Indian journal of veterinary science and animal husbandry - Volume 6,
Year: 1936
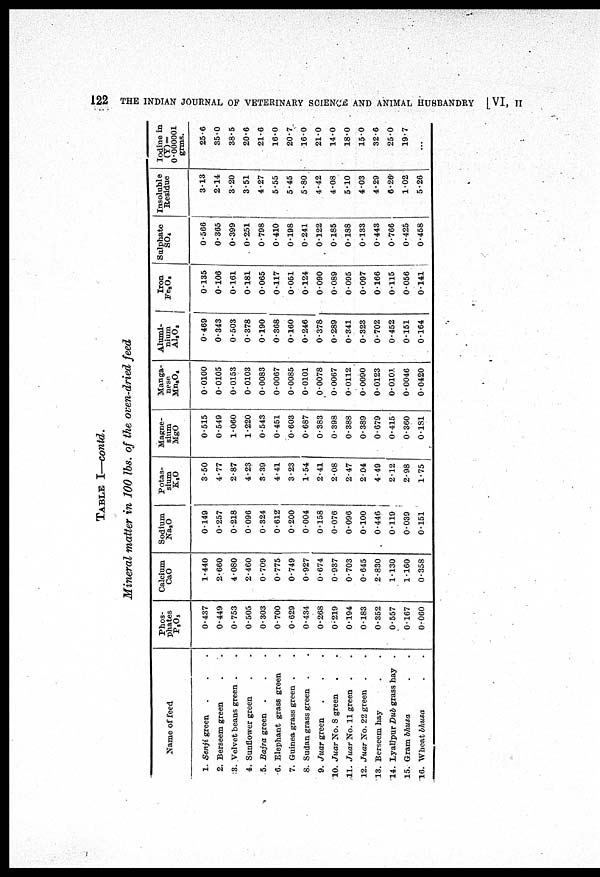
122
THE INDIAN JOURNAL OF VETERINARY SCIENCE AND ANIMAL HUSBANDRY [VI, II
TABLE I—contd.
Mineral matter in 100 lbs. of the oven-dried feed
Name of feed
1. Senji green ...
2. Berseem green ..
3. Velvet beans green ..
4. Sunflower green ..
5. Bajra green ...
6. Elephant grass green .
7. Guinea grass green ..
8. Sudan grass green ..
9. Juar green ...
10. Juar No. 3 green ..
11. Juar No. 11 green ..
12. Juar No. 22 green ..
13. Berseem hay ..
14. Lyallpur Dub grass hay .
15. Gram bhusa ..
16. Wheat bhusa ..
Phos-
phates
P 2 O 5
0.437
0.449
0.753
0.505
0.303
0.700
0.629
0.434
0.268
0.219
0.194
0.183
0.352
0.557
0.167
0.060
Calcium
CaO
1.440
2.660
4.080
2.460
0.709
0.775
0.749
0.927
0.674
0.937
0.703
0.645
2.830
1.130
1.160
0.358
Sodium
Na 2 O
0.149
0.257
0.218
0 096
0.324
0.612
0.200
0.004
0.158
0.076
0.096
0.100
0.446
0.119
0.039
0.151
Potas-
sium
K 2 O
3.50
4.77
2.87
4.23
3.39
4.41
3.23
1.54
2.41
2.08
2.47
2.04
4.49
2.12
2.98
1.75
Magne-
sium
MgO
0.515
0.549
1.060
1.220
0.543
0.451
0.603
0.687
0.383
0.398
0.388
0.389
0.679
0.415
0.360
0.181
Manga-
nese
Mn 2 O 4
0.0100
0.0105
0.0153
0.0103
0.0083
0.0067
0.0085
0.0101
0.0078
0.0067
0.0112
0.0090
0.0123
0.0101
0.0046
0.0420
Alumi-
nium
A1 2 O3
0.469
0.343
0.503
0.378
0.190
0.368
0.160
0.246
0.378
0.289
0.341
0.323
0.702
0.452
0.151
0.164
Iron
Fe 3 O 3
0.135
0 106
0 161
0.181
0.065
0.117
0.051
0 124
0.090 |
0.089
0.095 |
0.097
0.166 |
0.115
0.056
0.141
Sulphate
SO 4
0.566
0.365
0.399
0.251
0.798
0.410
0.198
0.241
0.122
0.185
0.188
0.133
0.443
0.766
0.425
0.458
Insoluble
Residue
3.13
2.14
3.20
3.51
4.27
5.55
5.45
5.80
4.42
4.08
5.10
4.03
4.29
6.26
1.02
5.26
Iodine in
(Y)=
0.000001
grms.
25.6
35.0
38.5
20.6
21.6
16.0
20.7
16.0
21.0
14.0
18.0
15.0
32.6
250
19.7
...